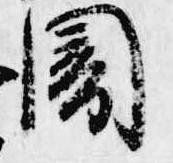
闇